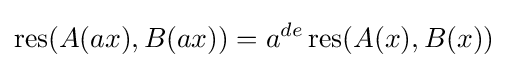
\operatorname {res} (A(ax),B(ax))=a^{de}\operatorname {res} (A(x),B(x))